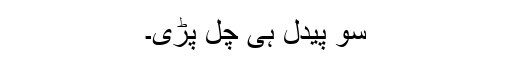
سو پیدل ہی چل پڑی۔